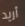
أريد